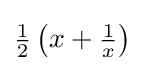
{\tfrac {1}{2}}\left(x+{\tfrac {1}{x}}\right)